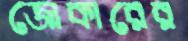
জোকারের